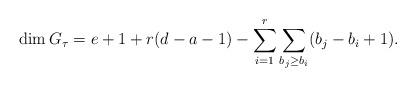
LaTeX: \begin{align*}\dim G_\tau=e+1+r(d-a-1)-\sum_{i=1}^r\sum_{b_j\geq b_i}(b_j-b_i+1).\end{align*}